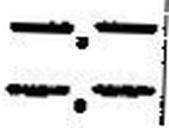
—.—